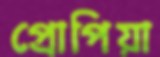
প্রোপিয়া